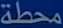
محددة